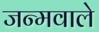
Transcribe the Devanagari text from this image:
जन्मवाले